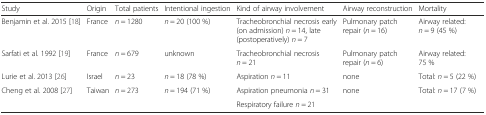
<table><thead><tr><td><b>Study</b></td><td><b>Origin</b></td><td><b>Total patients</b></td><td><b>Intentional ingestion</b></td><td><b>Kind of airway involvement</b></td><td><b>Airway reconstruction</b></td><td><b>Mortality</b></td></tr></thead><tbody><tr><td>Benjamin et al. 2015 [18]</td><td>France</td><td><i>n</i> = 1280</td><td><i>n</i> = 20 (100 %)</td><td>Tracheobronchial necrosis early (on admission) <i>n</i> = 14, late (postoperatively) <i>n</i> = 7</td><td>Pulmonary patch repair (<i>n</i> = 16)</td><td>Airway related: <i>n</i> = 9 (45 %)</td></tr><tr><td>Sarfati et al. 1992 [19]</td><td>France</td><td><i>n</i> = 679</td><td>unknown</td><td>Tracheobronchial necrosis <i>n</i> = 21</td><td>Pulmonary patch repair (<i>n</i> = 6)</td><td>Airway related: 75 %</td></tr><tr><td>Lurie et al. 2013 [26]</td><td>Israel</td><td><i>n</i> = 23</td><td><i>n</i> = 18 (78 %)</td><td>Aspiration <i>n</i> = 11</td><td>none</td><td>Total: <i>n</i> = 5 (22 %)</td></tr><tr><td rowspan="2">Cheng et al. 2008 [27]</td><td rowspan="2">Taiwan</td><td rowspan="2"><i>n</i> = 273</td><td rowspan="2"><i>n</i> = 194 (71 %)</td><td>Aspiration pneumonia <i>n</i> = 31</td><td rowspan="2">none</td><td rowspan="2">Total: <i>n</i> = 17 (7 %)</td></tr><tr><td>Respiratory failure <i>n</i> = 21</td></tr></tbody></table>